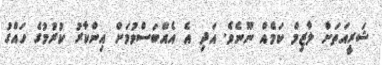
ޝަރީއަތަށް ލާޒިމް ކަމެއް ނޫނެވެ. އަދި އެ އެއްބަސްވުމަށް އިންކާރު ކުރުމުގެ ހައްގު